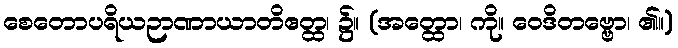
စေတောပရိယဉာဏာယာတိဧတ္ထ၊ ၌။ (အတ္ထော၊ ကို။ ဝေဒိတဗ္ဗော၊ ၏။)